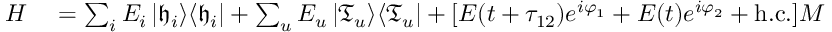
\begin{array} { r l } { H } & { { } = \sum _ { i } E _ { i } \left| \mathfrak { h } _ { i } \right> \! \left< \mathfrak { h } _ { i } \right| + \sum _ { u } E _ { u } \left| \mathfrak { T } _ { u } \right> \! \left< \mathfrak { T } _ { u } \right| + [ \ensuremath { { \cal E } } ( t + \tau _ { 1 2 } ) e ^ { i \varphi _ { 1 } } + \ensuremath { { \cal E } } ( t ) e ^ { i \varphi _ { 2 } } + \mathrm { h . c . } ] M \, , } \end{array}